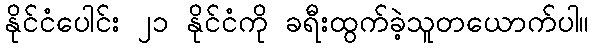
နိုင်ငံပေါင်း ၂၁ နိုင်ငံကို ခရီးထွက်ခဲ့သူတယောက်ပါ။